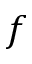
f